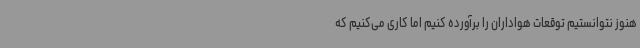
هنوز نتوانستیم توقعات هواداران را برآورده کنیم اما کاری می‌کنیم که